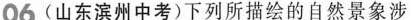
06(山东滨州中考)下列所描绘的自然景象涉